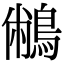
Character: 䳤